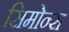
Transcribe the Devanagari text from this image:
सिमोन्स